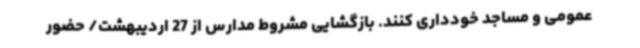
عمومی و مساجد خودداری کنند. بازگشایی مشروط مدارس از 27 اردیبهشت/ حضور